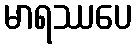
မာရဿပေ